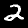
Digit: 2